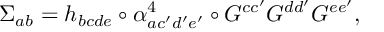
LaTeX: \Sigma _ { a b } = h _ { b c d e } \circ \alpha _ { a c ^ { \prime } d ^ { \prime } e ^ { \prime } } ^ { 4 } \circ G ^ { c c ^ { \prime } } G ^ { d d ^ { \prime } } G ^ { e e ^ { \prime } } ,